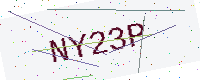
Text: NY23P